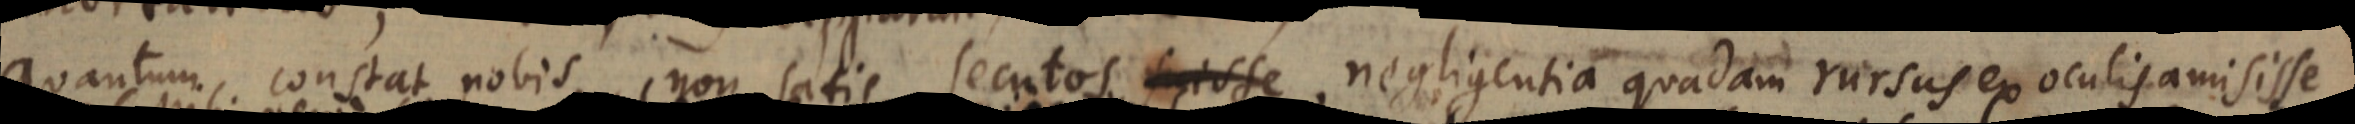
quantum constat nobis, non satis secutos suisse, negligentia quadam rursus ex oculis amisisse